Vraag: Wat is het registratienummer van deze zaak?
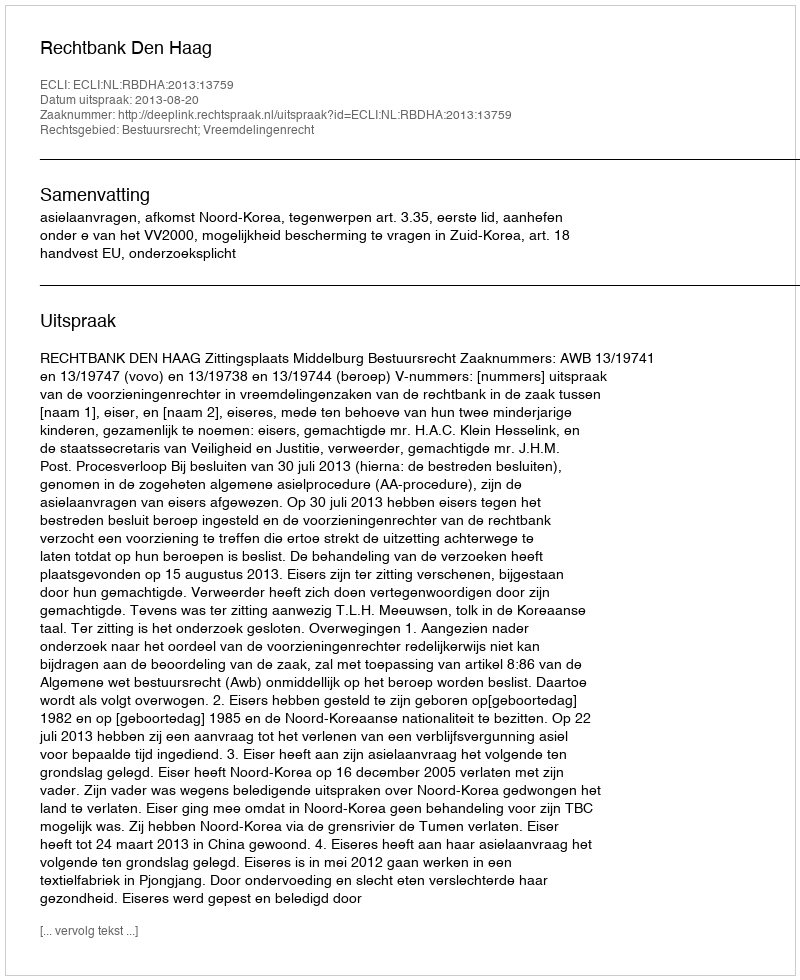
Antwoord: http://deeplink.rechtspraak.nl/uitspraak?id=ECLI:NL:RBDHA:2013:13759